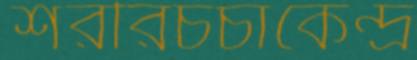
শরীরচর্চাকেন্দ্র